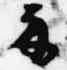
示